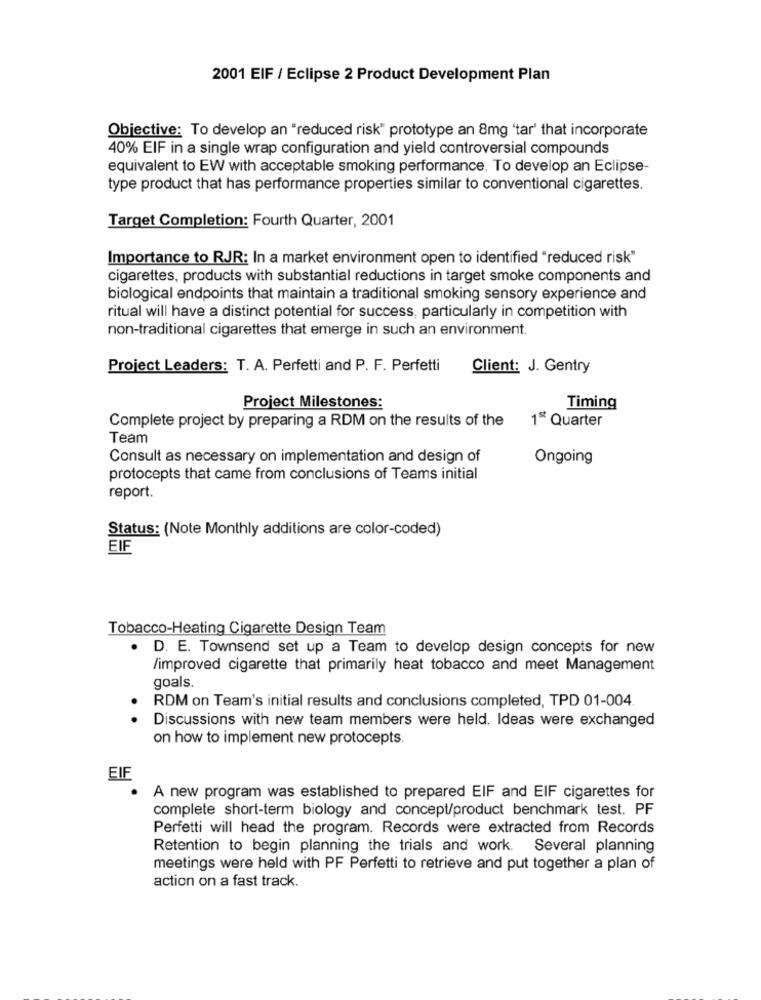
2001 EIF / Eclipse 2 Product Development Plan
Objective: To develop an "reduced risk" prototype an 8mg 'tar' that incorporate
40% EIF in a single wrap configuration and yield controversial compounds
equivalent to EW with acceptable smoking performance. To develop an Eclipse-
type product that has performance properties similar to conventional cigarettes.
Target Completion: Fourth Quarter, 2001
Importance to RJR: In a market environment open to identified "reduced risk"
cigarettes, products with substantial reductions in target smoke components and
biological endpoints that maintain a traditional smoking sensory experience and
ritual will have a distinct potential for success, particularly in competition with
non-traditional cigarettes that emerge in such an environment.
Project Leaders: T. A. Perfetti and P. F. Perfetti
Client: J. Gentry
Project Milestones:
Timing
1ª Quarter
Complete project by preparing a RDM on the results of the
Team
Consult as necessary on implementation and design of
Ongoing
protocepts that came from conclusions of Teams initial
report.
Status: (Note Monthly additions are color-coded)
EIF
Tobacco-Heating Cigarette Design Team
. D. E. Townsend set up a Team to develop design concepts for new
/improved cigarette that primarily heat tobacco and meet Management
goals.
RDM on Team's initial results and conclusions completed, TPD 01-004.
Discussions with new team members were held. Ideas were exchanged
on how to implement new protocepts.
EIF
.
A new program was established to prepared EIF and EIF cigarettes for
complete short-term biology and concept/product benchmark test. PF
Perfetti will head the program. Records were extracted from Records
Retention to begin planning the trials and work. Several planning
meetings were held with PF Perfetti to retrieve and put together a plan of
action on a fast track.